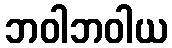
ဘဝါဘဝါယ